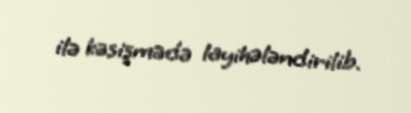
ilə kəsişmədə layihələndirilib.